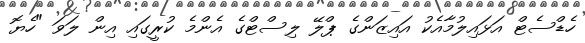
ހެޑްސެޓް އަޅައިލުމާއެކު އައިޒަންގެ ޕްލޭ ލިސްޓްގެ އެންމެ ކުރީގައި އިން ލަވަ "ހެޔޮ